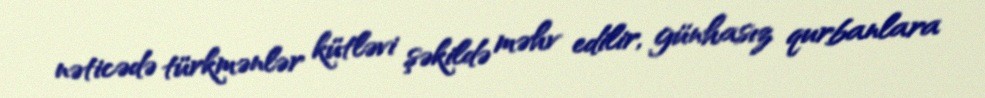
nəticədə türkmənlər kütləvi şəkildə məhv edilir, günhasız qurbanlara